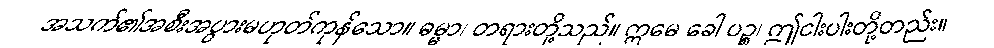
အသက်၏အစီးအပွားမဟုတ်ကုန်သော။ ဓမ္မာ၊ တရားတို့သည်။ ဣမေ ခေါ ပဉ္စ၊ ဤငါးပါးတို့တည်း။